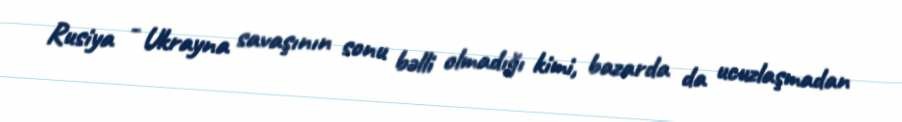
Rusiya - Ukrayna savaşının sonu bəlli olmadığı kimi, bazarda da ucuzlaşmadan